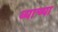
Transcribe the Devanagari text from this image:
व्याच्या